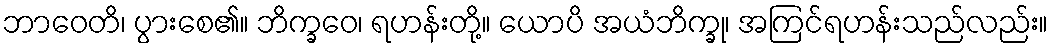
ဘာဝေတိ၊ ပွားစေ၏။ ဘိက္ခဝေ၊ ရဟန်းတို့။ ယောပိ အယံဘိက္ခု၊ အကြင်ရဟန်းသည်လည်း။